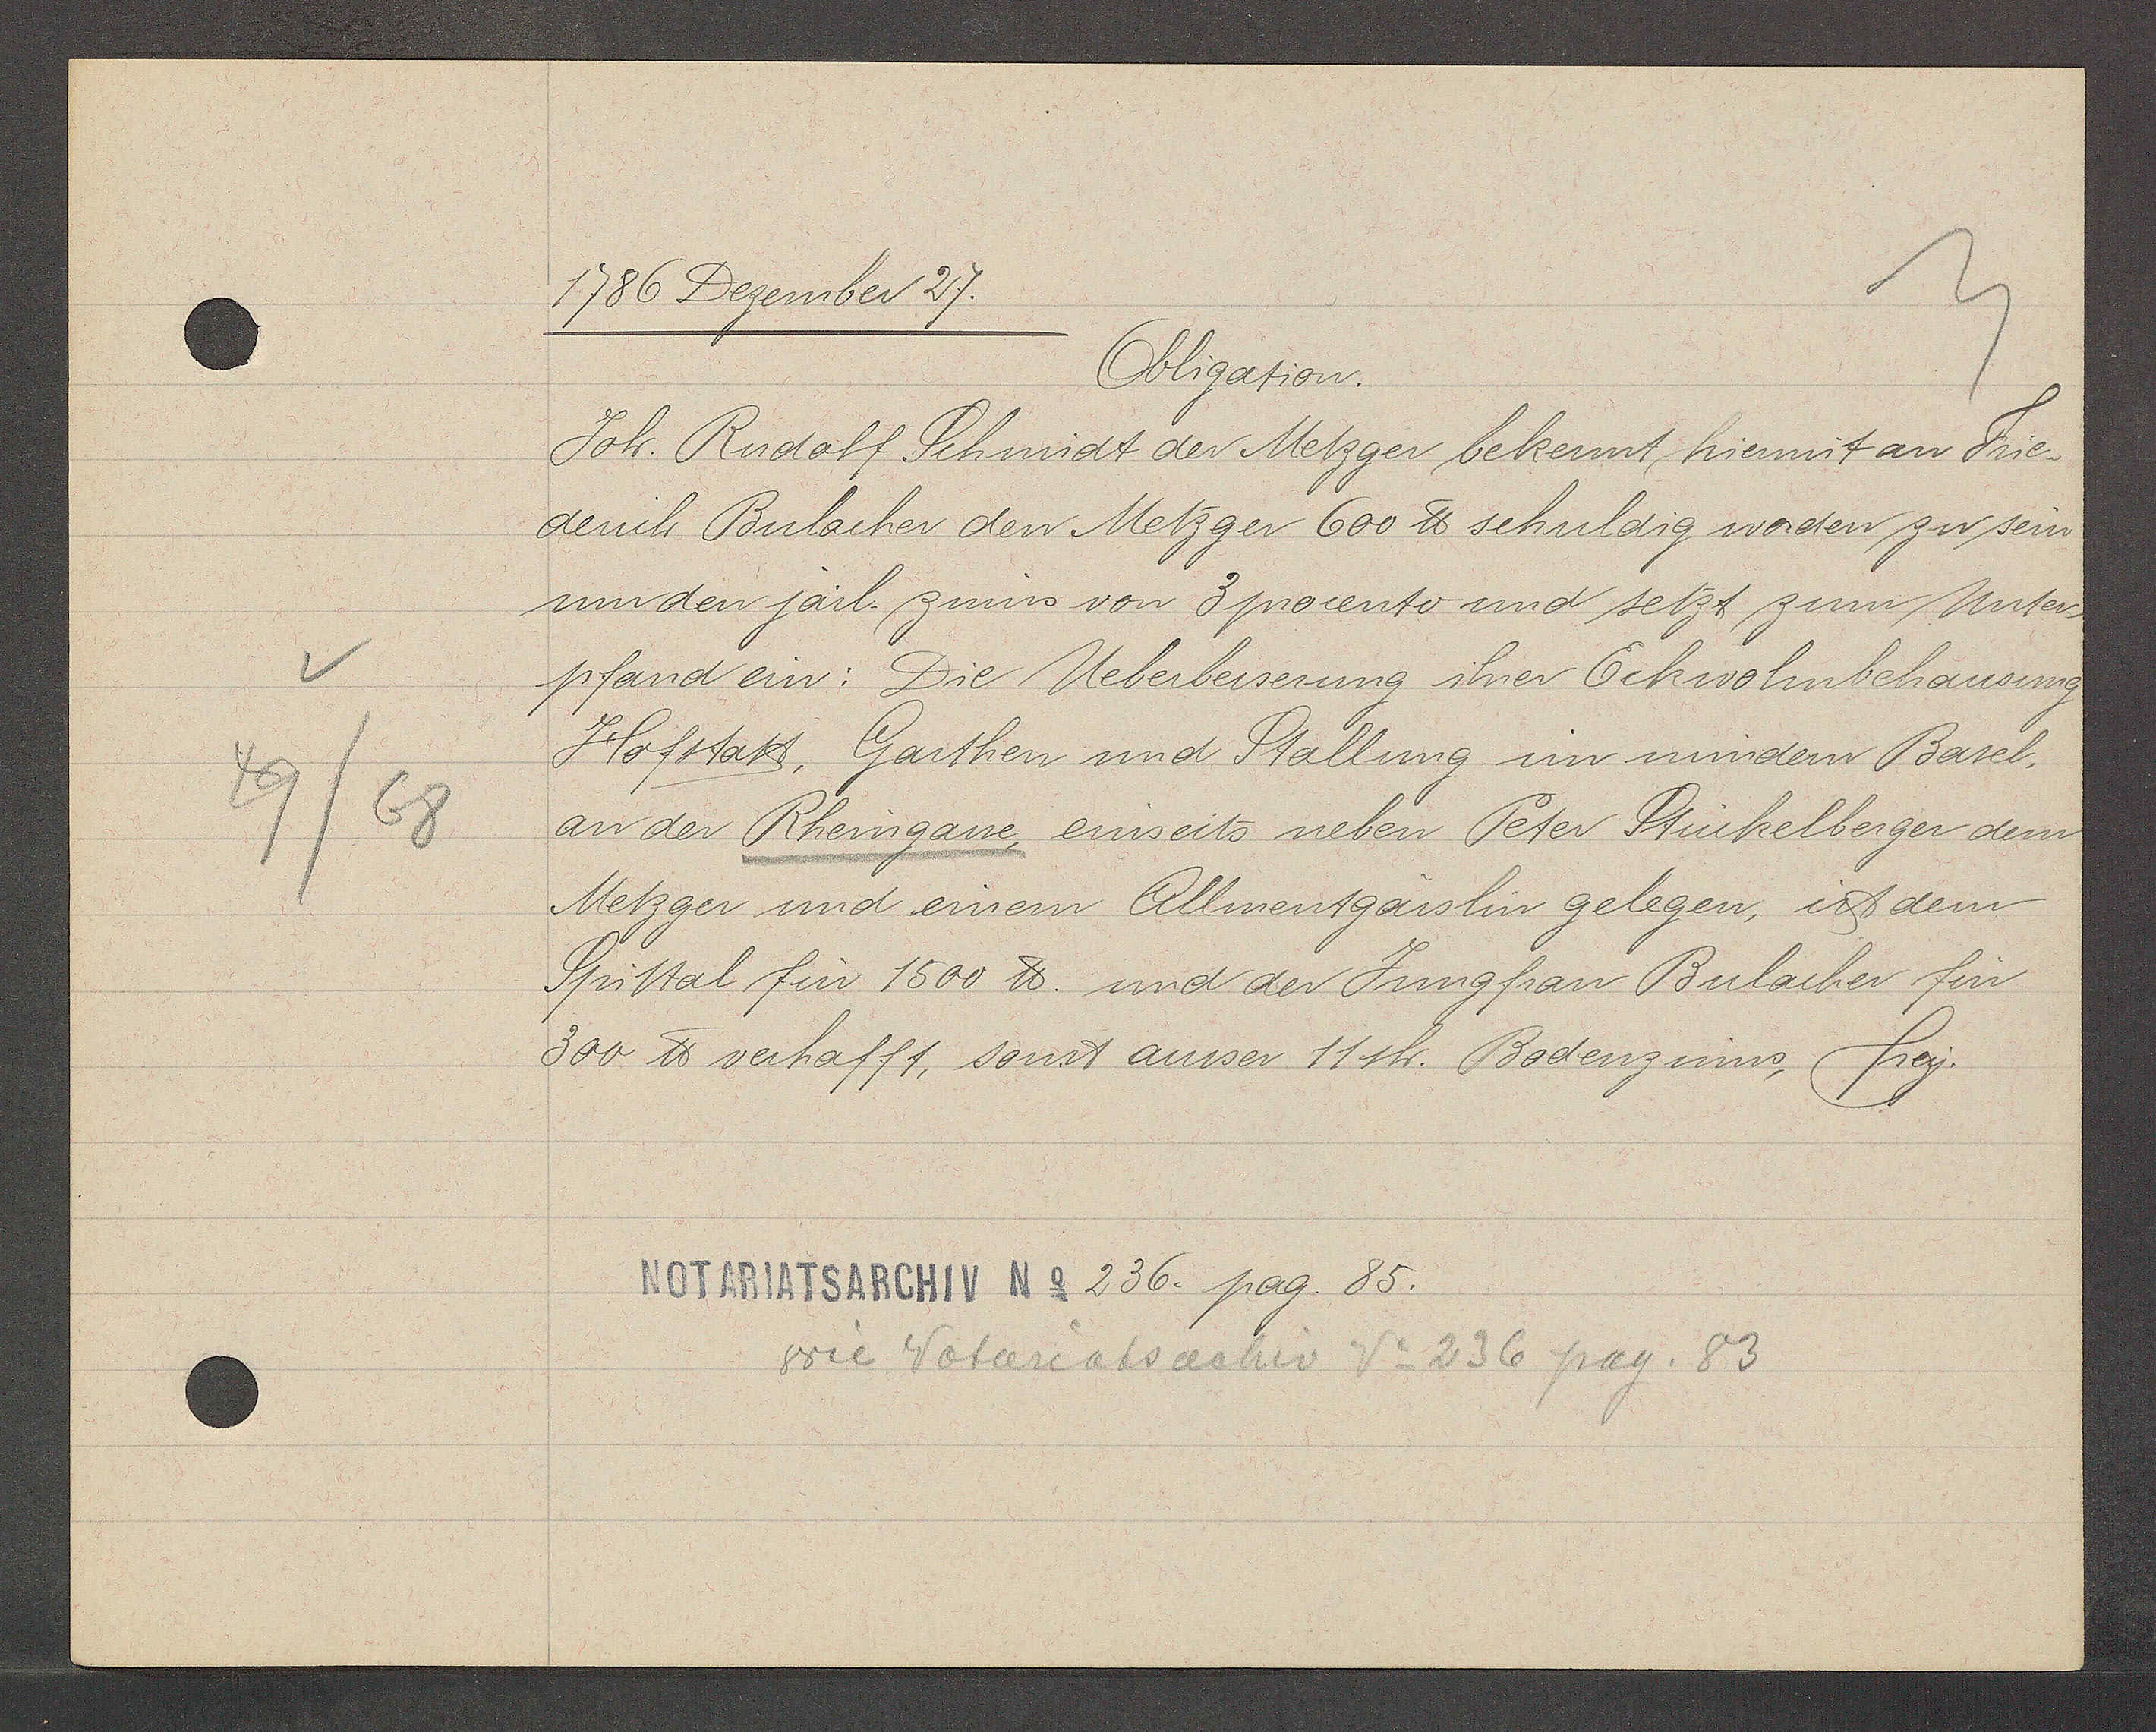
Transcript:
49/68

1786 Dezember 27.

Obligation.
Joh. Rudolf Schmidt der Metzger bekennt hiermit an Frie¬
derich Bulacher den Metzger 600 ℔ schuldig worden zu sein
um den järl. zinns von 3 procento und setzt zum Unter¬
pfand ein: Die Ueberbesserung ihrer Eckwohnbehausung
Hofstatt, Garthen und Stallung im mindern Basel,
an der Rheingasse, einseits neben Peter Stückelberger dem
Metzger und einem Allmentgässlin gelegen, ist dem
Spittal für 1500 ℔. und der Jungfrau Bulacher für
300 ℔ verhafft, sonst ausser 11 sh. Bodenzinns, frey.

Notariatsarchiv No 236. pag. 85.

wie Notariatsarchiv No. 236 pag. 83